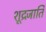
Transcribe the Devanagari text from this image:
शूद्रजाति